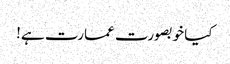
کیا خوبصورت عمارت ہے!